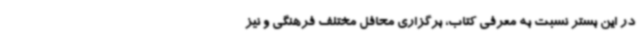
در این بستر نسبت به معرفی کتاب، برگزاری محافل مختلف فرهنگی و نیز